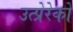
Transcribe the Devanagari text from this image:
उत्प्रेरेकों